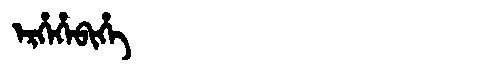
Manchu: ᡝᡵᡥᡝᡥᡝᠪᡳᡥᡝ
Romanization: ERHEHEBIHE